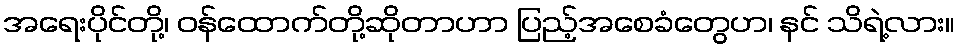
အရေးပိုင်တို့၊ ဝန်ထောက်တို့ဆိုတာဟာ ပြည့်အစေခံတွေဟ၊ နင် သိရဲ့လား။